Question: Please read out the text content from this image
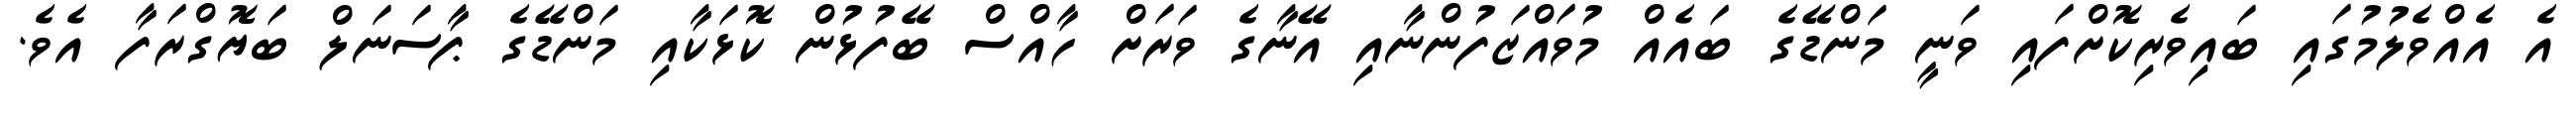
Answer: އެ އެއްވެލުމުގައި ބައިވެރިކޮށްފައި ވަނީ މަންޑޭގެ ބައެއް މުވައްޒަފުންނާއި އޭނާގެ ވަރަށް ހާއްސް ބޭފުޅުން ކޮޅަކާއި މަންޑޭގެ ޕާސަނަލް ބަޔޮގްރަފާ އެވެ.